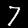
Digit: 7